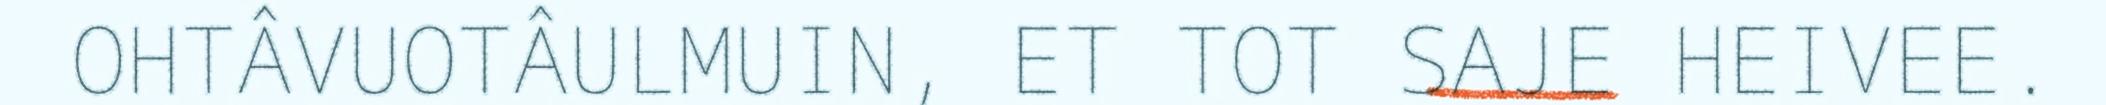
OHTÂVUOTÂULMUIN, ET TOT SAJE HEIVEE.